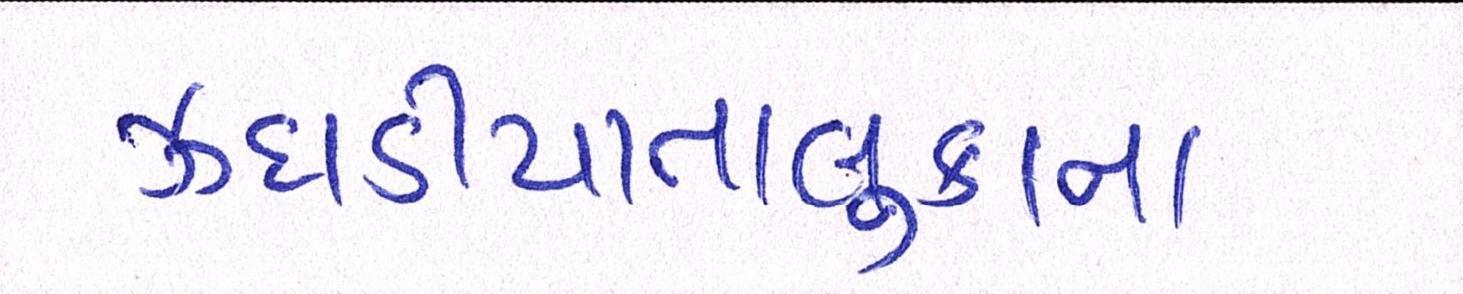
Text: ઝઘડીયાતાલુકાના